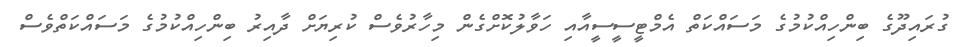
ގުރައިދޫގެ ބިންހިއްކުމުގެ މަސައްކަތް އެމްޓީސީސީއާއި ހަވާލުކޮށްގެން މިހާރުވެސް ކުރިޔަށް ދާއިރު ބިންހިއްކުމުގެ މަސައްކަތްވެސް